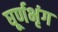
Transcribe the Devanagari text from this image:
घूर्णभृंग